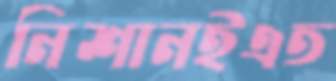
নিশানইএত